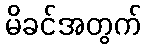
မိခင်အတွက်